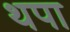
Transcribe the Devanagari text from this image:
थपा